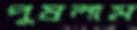
পুষলাম